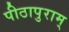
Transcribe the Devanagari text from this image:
पीठापुराम्‌